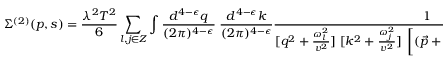
\Sigma ^ { ( 2 ) } ( p , s ) = { \frac { \lambda ^ { 2 } T ^ { 2 } } { 6 } } \sum _ { l , j \in { \cal Z } } \int { \frac { d ^ { 4 - \epsilon } q } { ( 2 \pi ) ^ { 4 - \epsilon } } } \; { \frac { d ^ { 4 - \epsilon } k } { ( 2 \pi ) ^ { 4 - \epsilon } } } { \frac { 1 } { [ q ^ { 2 } + \frac { \omega _ { l } ^ { 2 } } { v ^ { 2 } } ] \; [ k ^ { 2 } + \frac { \omega _ { j } ^ { 2 } } { v ^ { 2 } } ] \; \left[ ( { \vec { p } } + { \vec { k } } + { \vec { q } } ) ^ { 2 } + \frac { ( \omega _ { l } + \omega _ { j } + s ) ^ { 2 } } { v ^ { 2 } } \right] } } \; .